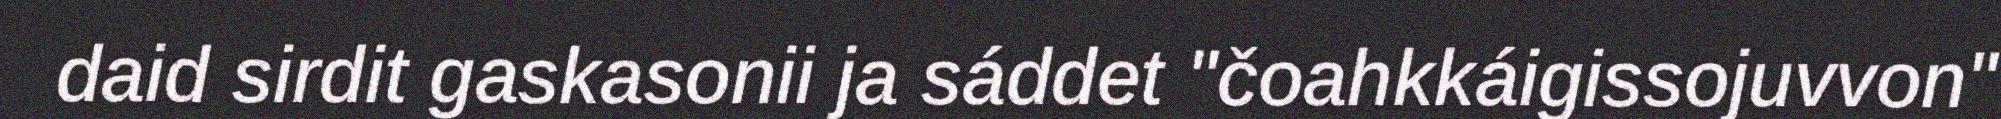
daid sirdit gaskasonii ja sáddet "čoahkkáigissojuvvon"